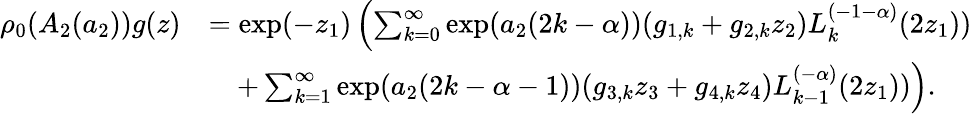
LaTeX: \begin{array}{rl}{\rho_{0}(A_{2}(a_{2}))g(z)}&{=\exp(-z_{1})\left(\sum_{k=0}^{\infty}\exp(a_{2}(2k-\alpha))(g_{1,k}+g_{2,k}z_{2})L_{k}^{(-1-\alpha)}(2z_{1}))\right.}\\ &{\quad\left.+\sum_{k=1}^{\infty}\exp(a_{2}(2k-\alpha-1))(g_{3,k}z_{3}+g_{4,k}z_{4})L_{k-1}^{(-\alpha)}(2z_{1}))\right).}\end{array}